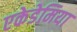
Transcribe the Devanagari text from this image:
एकेडेमिया